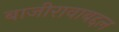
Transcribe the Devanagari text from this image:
बाजीरावाबद्दल